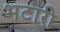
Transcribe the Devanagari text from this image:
भटारी